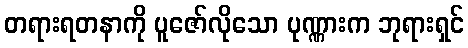
တရားရတနာကို ပူဇော်လိုသော ပုဏ္ဏားက ဘုရားရှင်